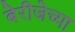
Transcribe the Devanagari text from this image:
बेरीजेच्या